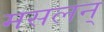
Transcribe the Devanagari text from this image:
मसलन्